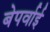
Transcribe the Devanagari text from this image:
बेपर्वाई